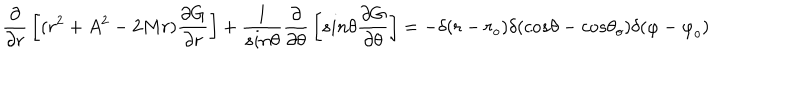
{ \frac { \partial } { \partial r } } \left[ ( r ^ { 2 } + A ^ { 2 } - 2 M r ) { \frac { \partial G } { \partial r } } \right] + { \frac { 1 } { s i n \theta } } { \frac { \partial } { \partial \theta } } \left[ s i n \theta { \frac { \partial G } { \partial \theta } } \right] = - \delta ( r - r _ { o } ) \delta ( c o s \theta - c o s { \theta } _ { o } ) \delta ( \varphi - { \varphi } _ { o } )